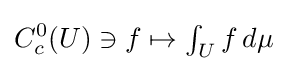
C_{c}^{0}(U)\ni f\mapsto \textstyle \int _{U}f\,d\mu